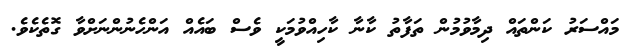
މައްސަރު ކަންތައް ދިމާވުމުން ތަފާތު ކާނާ ކާހިއްވުމަކީ ވެސް ބައެއް އަންހެނުންނަށްވާ ގޮތެކެވެ.